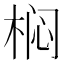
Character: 𭪓